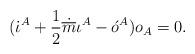
LaTeX: \begin{align*}(\dot{\iota}^A + \frac{1}{2}\dot{\overline{m}}\iota^A -\acute{o}^A )o_A = 0.\end{align*}